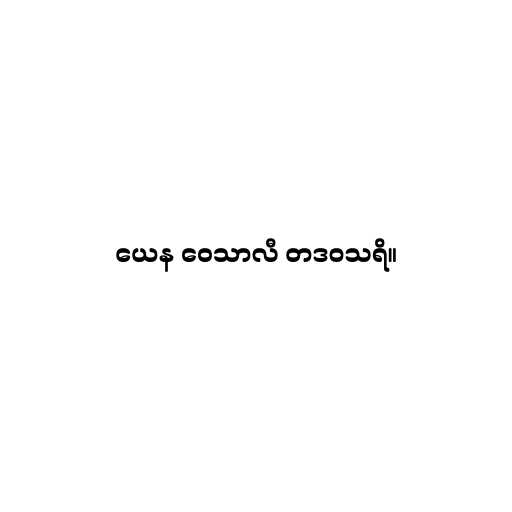
ယေန ဝေသာလီ တဒဝသရိ။